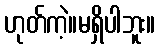
ဟုတ်ကဲ့။မရှိပါဘူး။